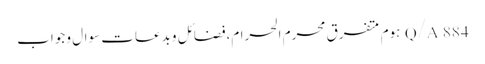
Q/A	884	ہوم متفرق محرم الحرام،فضائل و بدعات سوال و جواب